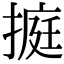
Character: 㨩